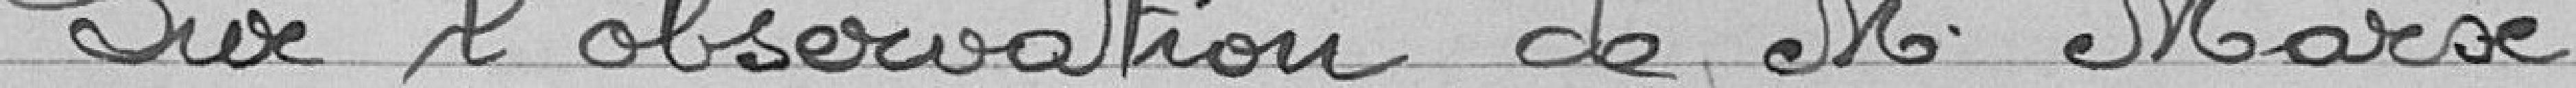
Sur l'observation de Monsieur Marx